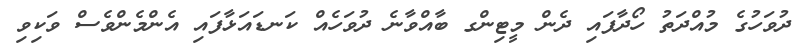
ދުވަހުގެ މުއްދަތު ހޯދާފައި ދެން މީޓިންގ ބާއްވާނެ ދުވަހެއް ކަނޑައަޅާފައި އެންމެންވެސް ވަކިވި